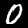
Label: 0